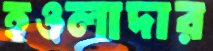
হওলাদার